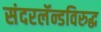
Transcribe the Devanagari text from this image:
संदरलॅन्डविरुद्ध